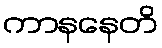
ကာနနေတိ